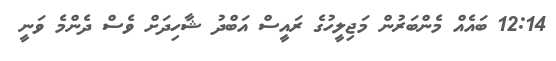
12:14 ބައެއް މެންބަރުން މަޖިލީހުގެ ރައީސް އަބްދު ޝާހިދަށް ވެސް ދެންމެ ވަނީ